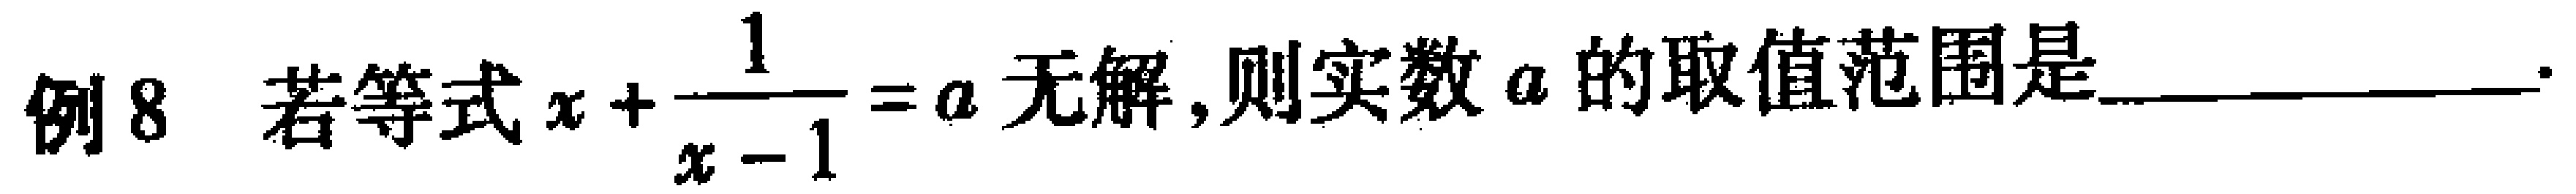
例8 若等式\(x+\frac{1}{x - 1}=a\)无解，则实数\(a\)的取值范围是  。